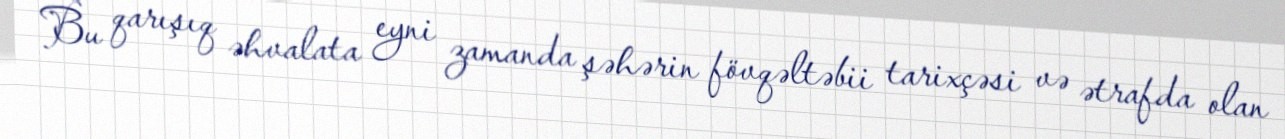
Bu qarışıq əhvalata eyni zamanda şəhərin fövqəltəbii tarixçəsi və ətrafda olan